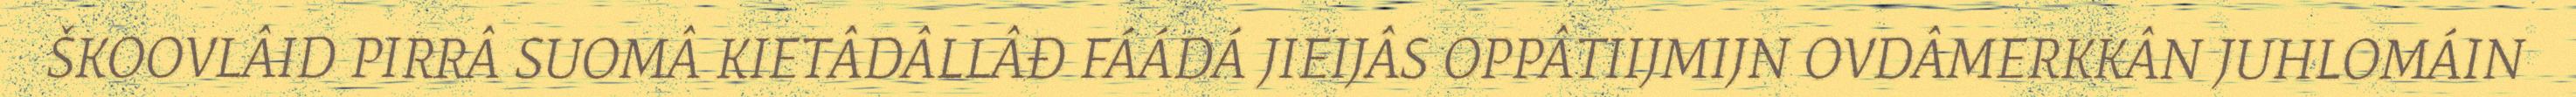
ŠKOOVLÂID PIRRÂ SUOMÂ KIETÂDÂLLÂĐ FÁÁDÁ JIEIJÂS OPPÂTIIJMIJN OVDÂMERKKÂN JUHLOMÁIN